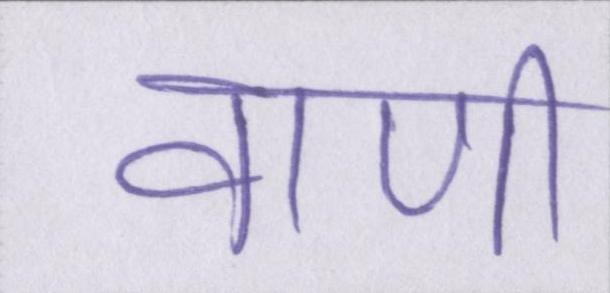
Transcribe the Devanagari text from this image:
वाणी